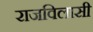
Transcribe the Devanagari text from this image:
राजविलासी